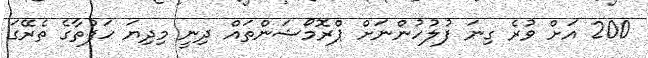
200 އަށް ވުރެ ގިނަ ފުލުހުންނަށް ޕްރޮމޯޝަންތައް ދިނީ މިދިޔަ ހަފުތާގެ ތެރޭގަ